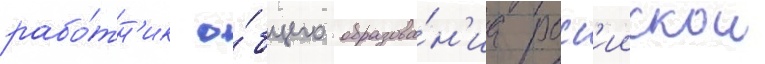
рабо́тн'ик о́бщего образова́н'иа росс'иискои